Annual administration report of the Bombay Presidency - 1887-1892
Year: 1887
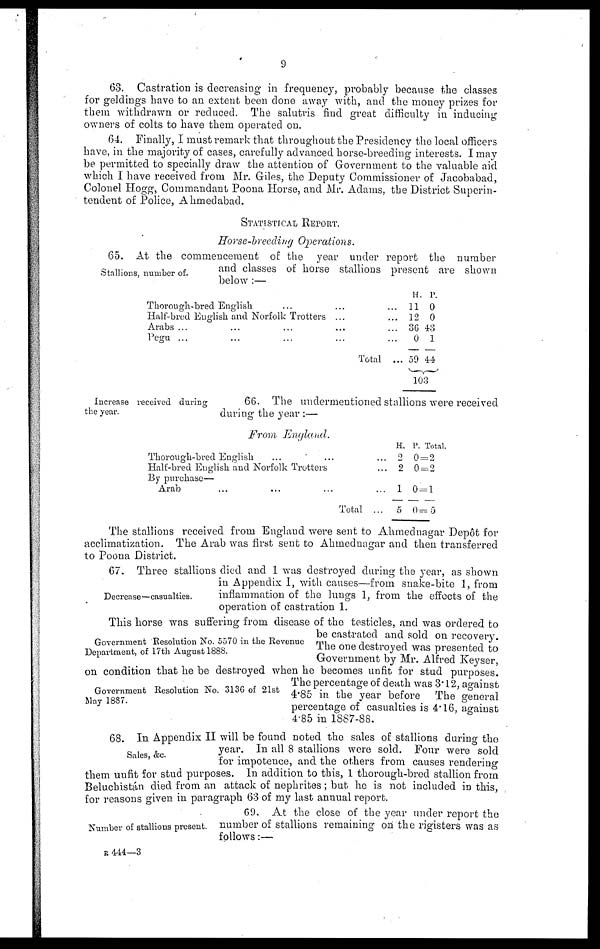
9
63. Castration is decreasing in frequency, probably because the classes
for geldings have to an extent been done away with, and the money prizes for
them withdrawn or reduced. The salutris find great difficulty in inducing
owners of colts to have them operated on.
64. Finally, I must remark that throughout the Presidency the local officers
have, in the majority of cases, carefully advanced horse-breeding interests. I may
be permitted to specially draw the attention of Government to the valuable aid
which I have received from Mr. Giles, the Deputy Commissioner of Jacobabad,
Colonel Hogg, Commandant Poona Horse, and Mr. Adams, the District Superin-
tendent of Police, Ahmedabad.
STATISTICAL REPORT.
Horse-breeding Operations.
Stallions, number of.
65. At the commencement of the year under report the number
and classes of horse stallions present are shown
below :—
Thorough-bred English
...
...
...
Half-bred English and Norfolk Trotters
...
...
Arabs ...
...
...
...
...
Pegu ...
...
...
...
...
Total ...
H.
11
12
36
0
59
P.
0
0
43
1
44
103
Increase received during
the year.
66. The undermentioned stallions were received
during the year :—
From
England.
Thorough-bred English
...
...
...
Half-bred English and Norfolk Trotters ...
By purchase—
Arab ... ... ... ...
Total ...
H.
2
2
1
5
P. Total.
0= 2
0 = 2
0 = 1
0 = 5
The stallions received from England were sent to Ahmednagar Depôt for
acclimatization. The Arab was first sent to Ahmednagar and then transferred
to Poona District.
Decrease—casualties.
67. Three stallions died and 1 was destroyed during the year, as shown
in Appendix I, with causes—from snake-bite 1, from
inflammation of the lungs 1, from the effects of the
operation of castration 1.
Government Resolution No. 5570 in the Revenue
Department, of 17th August 1888.
This horse was suffering from disease of the testicles, and was ordered to
be castrated and sold on recovery.
The one destroyed was presented to
Government by Mr. Alfred Keyser,
on condition that he be destroyed when he becomes unfit for stud purposes.
Government Resolution No. 3136 of 21st
May 1887.
The percentage of death was 3.12, against
4.85 in the year before
The general
percentage of casualties is 4.16, against
4.85 in 1887-88.
Sales, &c.
68. In Appendix II will be found noted the sales of stallions during the
year. In all 8 stallions were sold. Four were sold
for impotence, and the others from causes rendering
them unfit for stud purposes. In addition to this, 1 thorough-bred stallion from
Beluchistán died from an attack of nephrites; but he is not included in this,
for reasons given in paragraph 63 of my last annual report.
Number of stallions present.
69. At the close of the year under report the
number of stallions remaining on the rigisters was as
follows:—
R 444—3